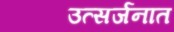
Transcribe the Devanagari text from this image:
उत्सर्जनात